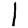
Digit: 1